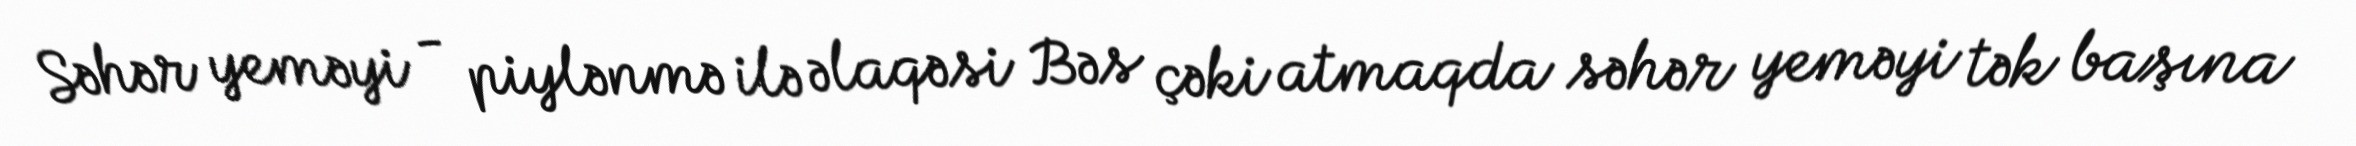
Səhər yeməyi - piylənmə ilə əlaqəsi Bəs çəki atmaqda səhər yeməyi tək başına